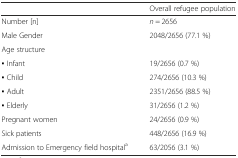
|  | Overall refugee population |
 | --- | --- |
 | Number [n] | n = 2656 |
 | Male Gender | 2048/2656 (77.1 %) |
 | <COLSPAN=2> Age structure |
 | ▪ Infant | 19/2656 (0.7 %) |
 | ▪ Child | 274/2656 (10.3 %) |
 | ▪ Adult | 2351/2656 (88.5 %) |
 | ▪ Elderly | 31/2656 (1.2 %) |
 | Pregnant women | 24/2656 (0.9 %) |
 | Sick patients | 448/2656 (16.9 %) |
 | Admission to Emergency field hospitala | 63/2056 (3.1 %) |